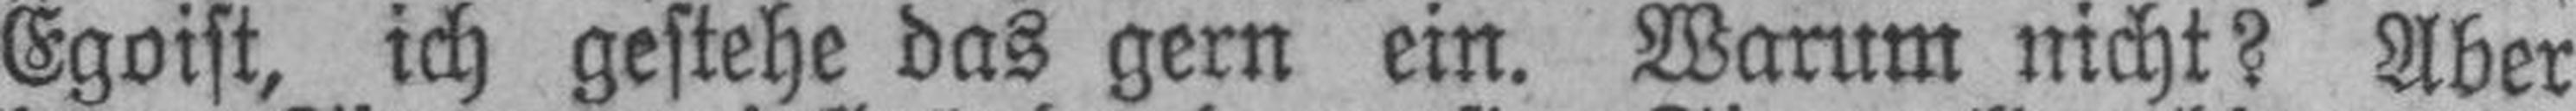
Egoist, ich gestehe das gern ein. Warum nicht? Aber